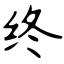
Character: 终